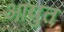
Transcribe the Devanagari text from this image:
आयुत